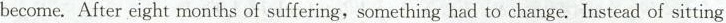
become. After eight months of suffering, something had to change. Instead of sitting